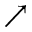
\nearrow